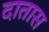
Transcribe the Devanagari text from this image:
दातास